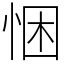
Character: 悃